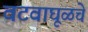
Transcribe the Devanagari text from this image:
वटवाघूळचे